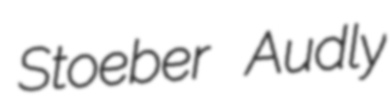
Stoeber Audly